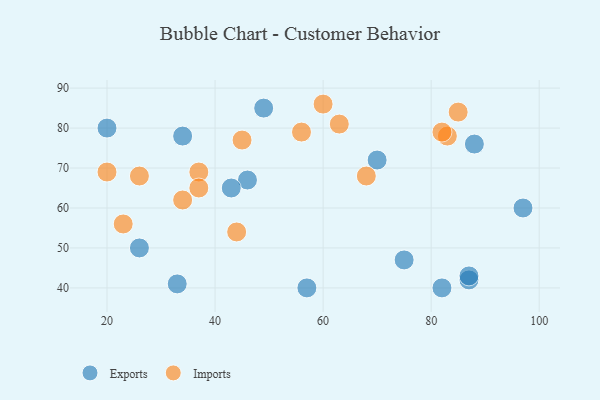
{"axis": {"x": "GDP", "y": "Life Expectancy"}, "legend": ["Exports", "Imports"], "data": [{"x": "70", "y": 72, "type": "Exports"}, {"x": "97", "y": 60, "type": "Exports"}, {"x": "87", "y": 42, "type": "Exports"}, {"x": "87", "y": 43, "type": "Exports"}, {"x": "46", "y": 67, "type": "Exports"}, {"x": "33", "y": 41, "type": "Exports"}, {"x": "82", "y": 40, "type": "Exports"}, {"x": "34", "y": 78, "type": "Exports"}, {"x": "43", "y": 65, "type": "Exports"}, {"x": "26", "y": 50, "type": "Exports"}, {"x": "88", "y": 76, "type": "Exports"}, {"x": "49", "y": 85, "type": "Exports"}, {"x": "57", "y": 40, "type": "Exports"}, {"x": "20", "y": 80, "type": "Exports"}, {"x": "75", "y": 47, "type": "Exports"}, {"x": "83", "y": 78, "type": "Imports"}, {"x": "26", "y": 68, "type": "Imports"}, {"x": "82", "y": 79, "type": "Imports"}, {"x": "37", "y": 69, "type": "Imports"}, {"x": "44", "y": 54, "type": "Imports"}, {"x": "68", "y": 68, "type": "Imports"}, {"x": "56", "y": 79, "type": "Imports"}, {"x": "37", "y": 65, "type": "Imports"}, {"x": "60", "y": 86, "type": "Imports"}, {"x": "85", "y": 84, "type": "Imports"}, {"x": "45", "y": 77, "type": "Imports"}, {"x": "63", "y": 81, "type": "Imports"}, {"x": "23", "y": 56, "type": "Imports"}, {"x": "34", "y": 62, "type": "Imports"}, {"x": "20", "y": 69, "type": "Imports"}]}